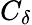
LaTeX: C_{\delta}